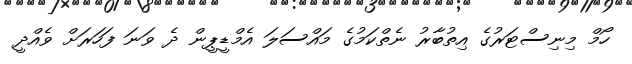
ހޯމް މިނިސްޓަރުގެ އިތުބާރު ނެތްކަމުގެ މައްސަލަ އެމްޑީޕީން ދެ ވަނަ ފަހަރަށް ވެއްދީ